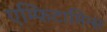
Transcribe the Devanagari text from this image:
एम्फिटामिन्स